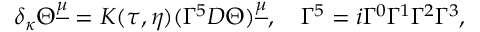
\delta _ { \kappa } \Theta ^ { \underline { { \mu } } } = K ( \tau , \eta ) ( \Gamma ^ { 5 } D \Theta ) ^ { \underline { { \mu } } } , \quad \Gamma ^ { 5 } = i \Gamma ^ { 0 } \Gamma ^ { 1 } \Gamma ^ { 2 } \Gamma ^ { 3 } ,